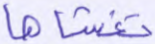
تغشاها